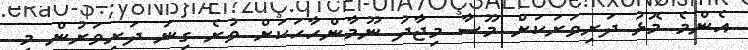
އެންމެ މޮޅު ދަރިވަރަކަށް މޫސާ މިޖާދު ނޫމާންހާހަކަށް ވުރެ ގިނަ ދަރިވަރުން މި